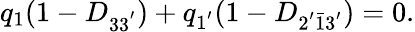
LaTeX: q_{1}(1-D_{33^{'}})+q_{1^{'}}(1-D_{2^{'}\bar{1}3^{'}})=0.